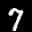
Label: 7